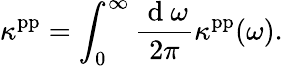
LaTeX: \kappa^{\mathrm{pp}}=\int_{0}^{\infty}\frac{\mathrm{~d~}\omega}{2\pi}\kappa^{\mathrm{pp}}(\omega).